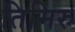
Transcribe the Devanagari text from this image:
तिमिरु